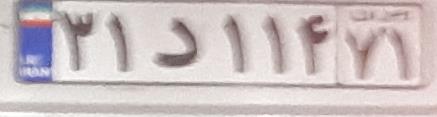
۳۱د۱۱۴۷۱